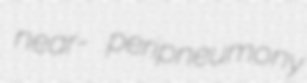
near- peripneumony